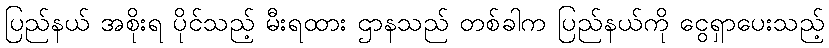
ပြည်နယ် အစိုးရ ပိုင်သည့် မီးရထား ဌာနသည် တစ်ခါက ပြည်နယ်ကို ငွေရှာပေးသည့်